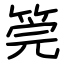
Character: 筦